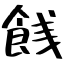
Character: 䬻